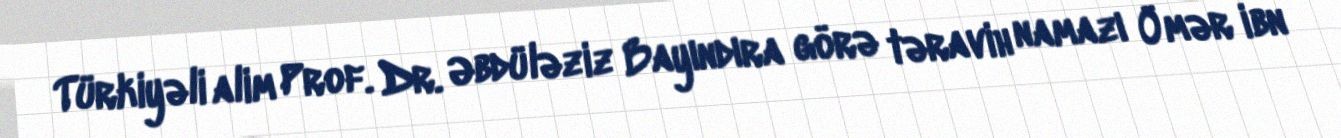
Türkiyəli alim Prof. Dr. Əbdüləziz Bayındıra görə təravih namazı Ömər ibn